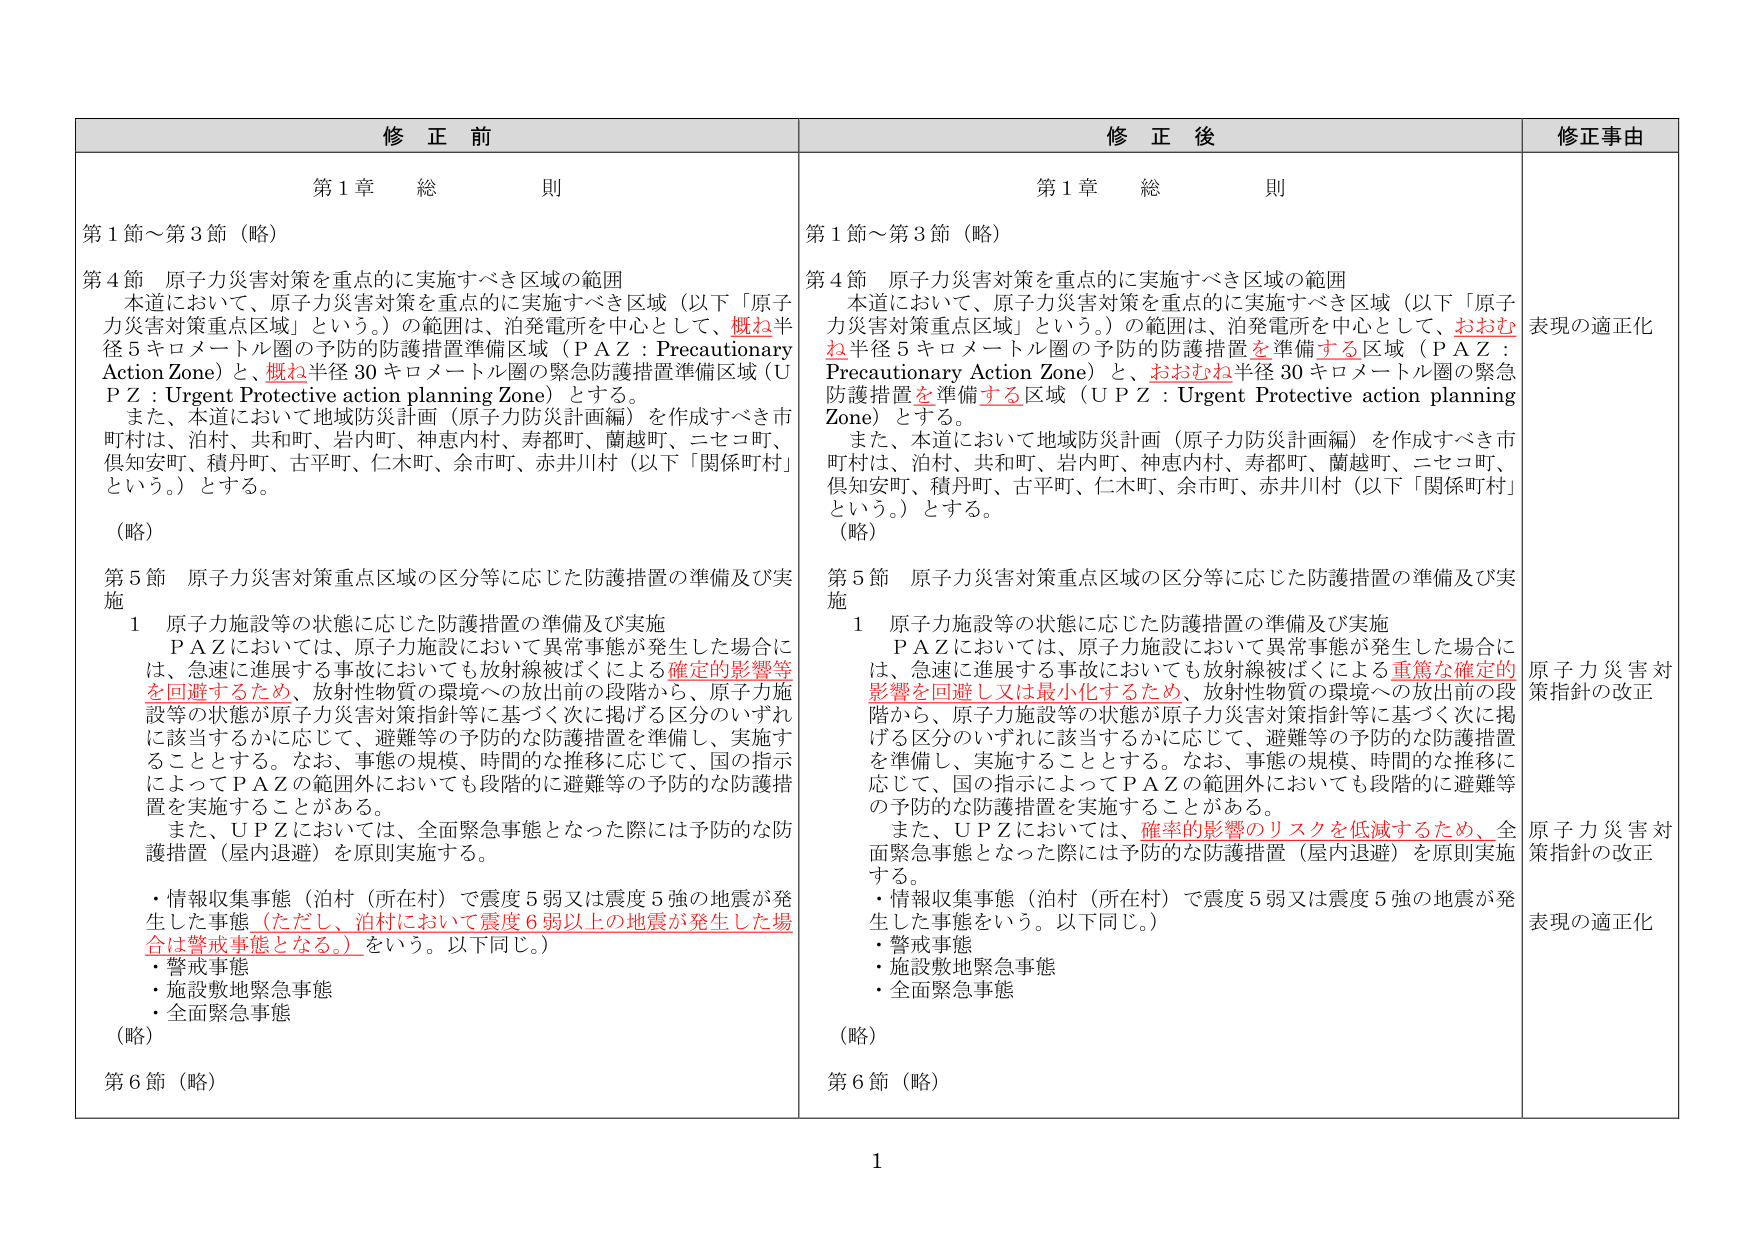
修正前
第1章 総則
第1節～第3節（略）
第4節 原子力災害対策を重点的に実施すべき区域の範囲
本道において、原子力災害対策を重点的に実施すべき区域（以下「原子力災害対策重点区域」という。）の範囲は、泊発電所を中心として、概ね半径5キロメートル圏の予防的防護措置準備区域（ＰＡＺ：Precautionary Action Zone）と、概ね半径30キロメートル圏の緊急防護措置準備区域（ＵＰＺ：Urgent Protective action planning Zone）とする。
また、本道において地域防災計画（原子力防災計画編）を作成すべき市町村は、泊村、共和町、岩内町、神恵内村、寿都町、蘭越町、ニセコ町、倶知安町、積丹町、古平町、仁木町、余市町、赤井川村（以下「関係町村」という。）とする。
（略）
第5節 原子力災害対策重点区域の区分等に応じた防護措置の準備及び実施
1 原子力施設等の状態に応じた防護措置の準備及び実施
ＰＡＺにおいては、原子力施設において異常事態が発生した場合には、急速に進展する事故においても放射線被ばくによる確定的影響等を回避するため、放射性物質の環境への放出前の段階から、原子力施設等の状態が原子力災害対策指針等に基づく次に掲げる区分のいずれに該当するかに応じて、避難等の予防的な防護措置を準備し、実施することとする。なお、事態の規模、時間的な推移に応じて、国の指示によってＰＡＺの範囲外においても段階的に避難等の予防的な防護措置を実施することがある。
また、ＵＰＺにおいては、全面緊急事態となった際には予防的な防護措置（屋内退避）を原則実施する。
・情報収集事態（泊村（所在村）で震度5弱又は震度5強の地震が発生した事態（ただし、泊村において震度6弱以上の地震が発生した場合は警戒事態となる。）をいう。以下同じ。）
・警戒事態
・施設敷地緊急事態
・全面緊急事態
（略）
第6節（略）

修正後
第1章 総則
第1節～第3節（略）
第4節 原子力災害対策を重点的に実施すべき区域の範囲
本道において、原子力災害対策を重点的に実施すべき区域（以下「原子力災害対策重点区域」という。）の範囲は、泊発電所を中心として、おおむね半径5キロメートル圏の予防的防護措置を準備する区域（ＰＡＺ：Precautionary Action Zone）と、おおむね半径30キロメートル圏の緊急防護措置を準備する区域（ＵＰＺ：Urgent Protective action planning Zone）とする。
また、本道において地域防災計画（原子力防災計画編）を作成すべき市町村は、泊村、共和町、岩内町、神恵内村、寿都町、蘭越町、ニセコ町、倶知安町、積丹町、古平町、仁木町、余市町、赤井川村（以下「関係町村」という。）とする。
（略）
第5節 原子力災害対策重点区域の区分等に応じた防護措置の準備及び実施
1 原子力施設等の状態に応じた防護措置の準備及び実施
ＰＡＺにおいては、原子力施設において異常事態が発生した場合には、急速に進展する事故においても放射線被ばくによる重篤な確定的影響を回避し又は最小化するため、放射性物質の環境への放出前の段階から、原子力施設等の状態が原子力災害対策指針等に基づく次に掲げる区分のいずれに該当するかに応じて、避難等の予防的な防護措置を準備し、実施することとする。なお、事態の規模、時間的な推移に応じて、国の指示によってＰＡＺの範囲外においても段階的に避難等の予防的な防護措置を実施することがある。
また、ＵＰＺにおいては、確率的影響のリスクを低減するため、全面緊急事態となった際には予防的な防護措置（屋内退避）を原則実施する。
・情報収集事態（泊村（所在村）で震度5弱又は震度5強の地震が発生した事態をいう。以下同じ。）
・警戒事態
・施設敷地緊急事態
・全面緊急事態
（略）
第6節（略）

修正事由
表現の適正化
原子力災害対策指針の改正
原子力災害対策指針の改正
表現の適正化

1